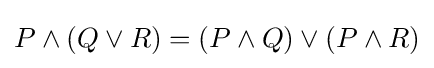
P\wedge (Q\vee R)=(P\wedge Q)\vee (P\wedge R)